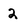
Character: 2